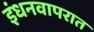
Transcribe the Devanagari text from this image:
इंधनवापरात